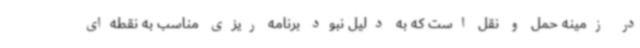
در زمینه حمل و نقل است که به دلیل نبود برنامه ریزی مناسب به نقطه‌ای